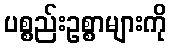
ပစ္စည်းဥစ္စာများကို